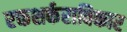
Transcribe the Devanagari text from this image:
रक्तशर्कराविकार